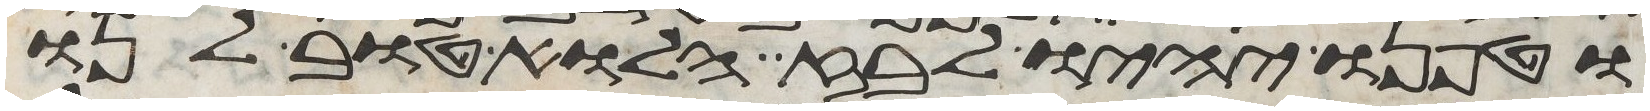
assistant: וטפנו יהיו לבוז הלוא טוב לנו